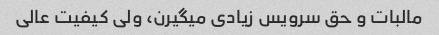
مالبات و حق سرویس زیادی میگیرن، ولی کیفیت عالی